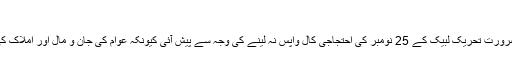
’
انہوں نے کہا کہ ‘اس کارروائی کی ضرورت تحریک لبیک کے 25 نومبر کی احتجاجی کال واپس نہ لینے کی وجہ سے پیش آئی کیونکہ عوام کی جان و مال اور املاک کی حفاظت حکومت کا اولین فرض ہے’۔